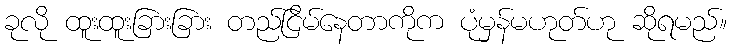
ခုလို ထူးထူးခြားခြား တည်ငြိမ်နေတာကိုက ပုံမှန်မဟုတ်ဟု ဆိုရမည်။